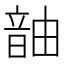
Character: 𬰹